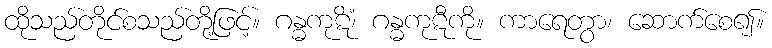
ထိုသည်တိုင်စသည်တို့ဖြင့်။ ဂန္ဓကုဋိံ၊ ဂန္ဓကုဋီကို။ ကာရေတွာ၊ ဆောက်စေ၍။